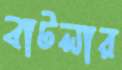
বাটলার